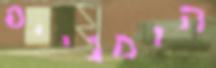
הומניים